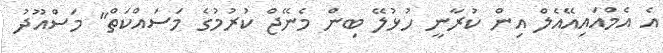
އެ އެމްއައިއޭއެލް އިން ކުރާނީ ހުޅުލޭ ބިން މެނޭޖް ކުރުމުގެ މަސައްކަތް" މަސްއޫދު